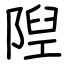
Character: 隉